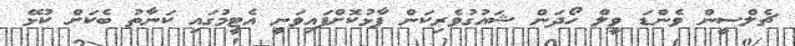
ޗެލްސީން ވެންޑަ ވީލް ހޯދަން ޝައުގުވެރިކަން ފާޅުކޮށްފައިވަނީ އެޓީމުގައި ކަނާތު ބެކަށް ކުޅޭ